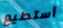
أستطيع